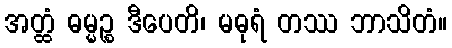
အတ္ထံ ဓမ္မဉ္စ ဒီပေတိ၊ မဓုရံ တဿ ဘာသိတံ။